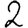
Digit: 2